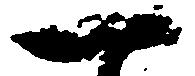
一